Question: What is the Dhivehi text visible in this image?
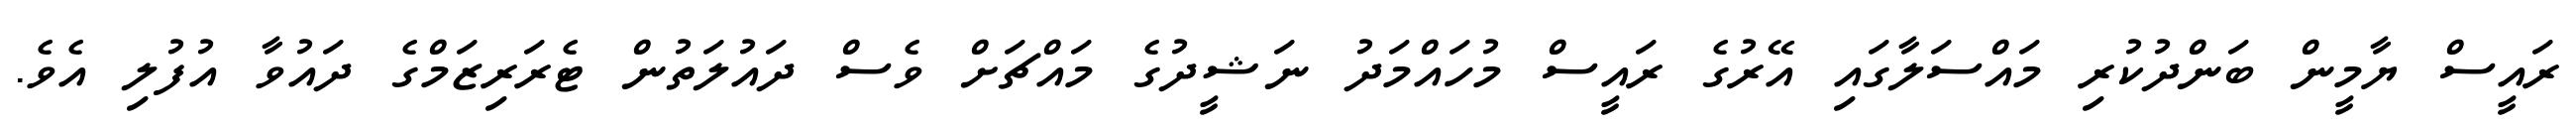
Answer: ރައީސް ޔާމީން ބަންދުކުރި މައްސަލާގައި އޭރުގެ ރައީސް މުހައްމަދު ނަޝީދުގެ މައްޗަށް ވެސް ދައުލަތުން ޓެރަރިޒަމްގެ ދައުވާ އުފުލި އެވެ.